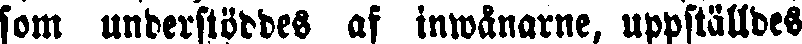
som understöddes af inwånarne, uppställdes